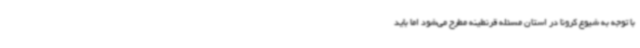
با توجه به شیوع کرونا در استان مسئله قرنطینه مطرح می‌شود اما باید